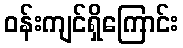
ဝန်းကျင်ရှိကြောင်း